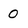
Character: 0